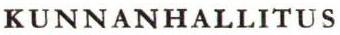
KUNNANHALLITUS